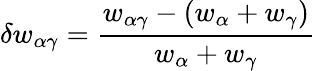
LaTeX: \delta w_{\alpha\gamma}=\frac{w_{\alpha\gamma}-(w_{\alpha}+w_{\gamma})}{w_{\alpha}+w_{\gamma}}